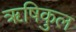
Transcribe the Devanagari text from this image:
ॠषिकुल